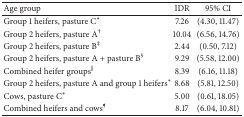
| Age group | IDR | 95% CI |
 | --- | --- | --- |
 | Group 1 heifers, pasture C∗ | 7.26 | (4.30, 11.47) |
 | Group 2 heifers, pasture A† | 10.04 | (6.56, 14.76) |
 | Group 2 heifers, pasture B‡ | 2.44 | (0.50, 7.12) |
 | Group 2 heifers, pasture A + pasture B§ | 9.29 | (5.58, 12.00) |
 | Combined heifer groups|| | 8.39 | (6.16, 11.18) |
 | Group 2 heifers, pasture A and group 1 heifers∗ | 8.68 | (5.81, 12.50) |
 | Cows, pasture C∗ | 5.00 | (0.61, 18.05) |
 | Combined heifers and cows¶ | 8.17 | (6.04, 10.81) |